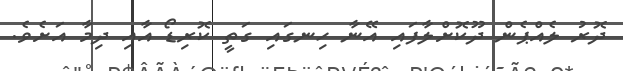
ދޮރު ލެއްޕެން ދޫކޮށްލާފައި އޭނާ ހިނގައި ގަތީ ކޮރިޑޯ އާއި ދިމާ އަށެވެ.